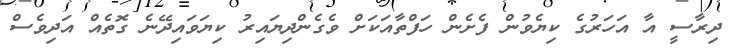
ދިރާސީ އާ އަހަރުގެ ކިޔެވުން ފެށެން ހަފްތާއަކަށް ވެގެންދިޔައިރު ކިޔަވައިދޭނެ ގޮތެއް އަދިވެސް